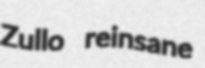
Zullo reinsane